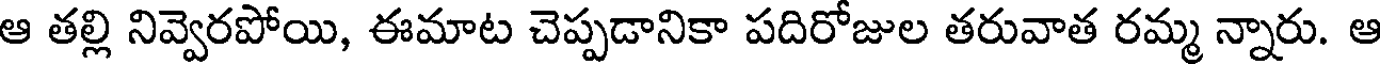
ఆ తల్లి నివ్వెరపోయి, ఈమాట చెప్పడానికా పదిరోజుల తరువాత రమ్మ న్నారు. ఆ